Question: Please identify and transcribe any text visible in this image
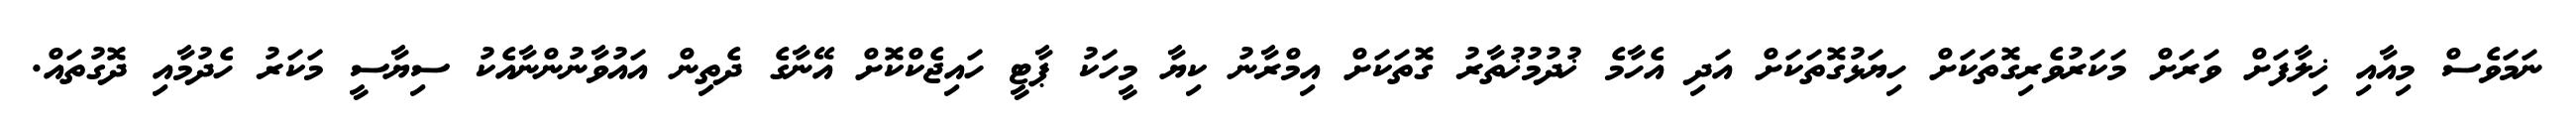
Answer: ނަމަވެސް މިއާއި ޚިލާފަށް ވަރަށް މަކަރުވެރިގޮތަކަށް ހިޔަޅުގޮތަކަށް އަދި އެހާމެ ޚުދުމުޚުތާރު ގޮތަކަށް އިމްރާނު ކިޔާ މީހަކު ޕާޓީ ހައިޖެކްކޮށް އޭނާގެ ދެތިން އައުވާނުންނާއެކު ސިޔާސީ މަކަރު ހެދުމާއި ދޮގުތައް.